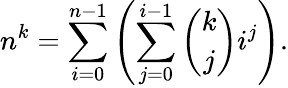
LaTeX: n^{k}=\sum_{i=0}^{n-1}\left(\sum_{j=0}^{i-1}{\binom{k}{j}}i^{j}\right).